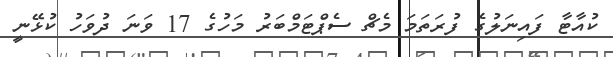
ކުއާޓާ ފައިނަލުގެ ފުރަތަމަ މެޗް ސެޕްޓަމްބަރު މަހުގެ 17 ވަނަ ދުވަހު ކުޅޭނީ